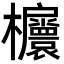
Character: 𣡬